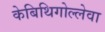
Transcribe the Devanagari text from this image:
केबिथिगोल्लेवा